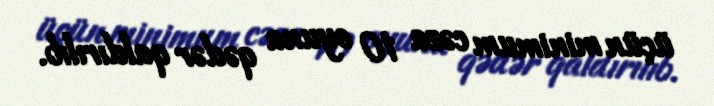
üçün minimum cəza 10 oyuna qədər qaldırılıb.